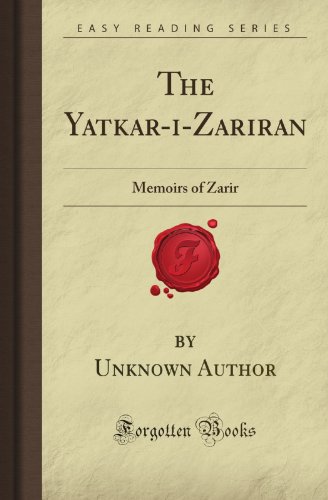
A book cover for The Yatkar-i-Zariran: Memoirs of Zarir (Forgotten Books); Unknown Firminger Author; Religion & Spirituality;